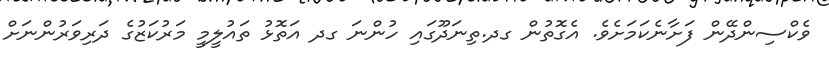
ވެކްސިންދޭން ފަށާނެކަމަށެވެ. އެގޮތުން ގދ.ތިނަދޫގައި ހުންނަ ގދ އަތޮޅު ތައުލީމީ މަރުކަޒުގެ ދަރިވަރުންނަށް